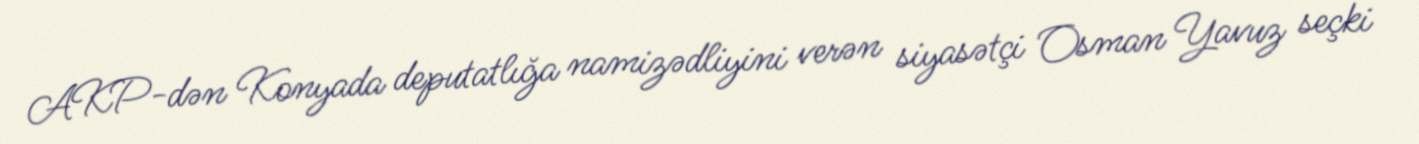
AKP-dən Konyada deputatlığa namizədliyini verən siyasətçi Osman Yavuz seçki